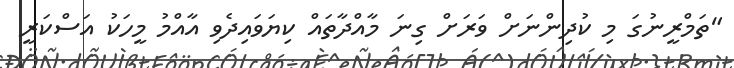
"ތަމްރީނުގަ މި ކުދިންނަށް ވަރަށް ގިނަ މާއްދާތައް ކިޔަވައިދެވި އާއްމު މީހަކު އަސްކަރީ